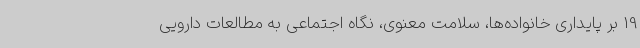
19 بر پایداری خانواده‌ها، سلامت معنوی، نگاه اجتماعی به مطالعات دارویی